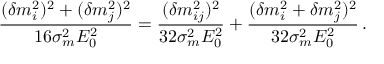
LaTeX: \frac { ( \delta m _ { i } ^ { 2 } ) ^ { 2 } + ( \delta m _ { j } ^ { 2 } ) ^ { 2 } } { 1 6 \sigma _ { m } ^ { 2 } E _ { 0 } ^ { 2 } } = \frac { ( \delta m _ { i j } ^ { 2 } ) ^ { 2 } } { 3 2 \sigma _ { m } ^ { 2 } E _ { 0 } ^ { 2 } } + \frac { ( \delta m _ { i } ^ { 2 } + \delta m _ { j } ^ { 2 } ) ^ { 2 } } { 3 2 \sigma _ { m } ^ { 2 } E _ { 0 } ^ { 2 } } \, .